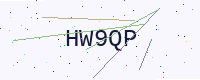
Text: HW9QP